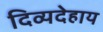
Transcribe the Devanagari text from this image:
दिव्यदेहाय